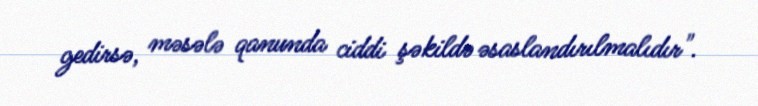
gedirsə, məsələ qanunda ciddi şəkildə əsaslandırılmalıdır".